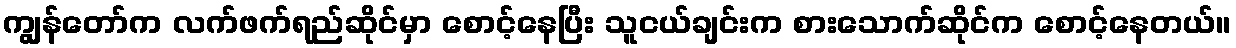
ကျွန်တော်က လက်ဖက်ရည်ဆိုင်မှာ စောင့်နေပြီး သူငယ်ချင်းက စားသောက်ဆိုင်က စောင့်နေတယ်။